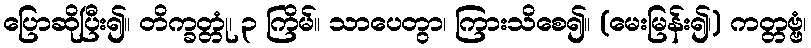
ပြောဆိုပြီး၍။ တိက္ခတ္တုံ၊ ၃ ကြိမ်။ သာပေတွာ၊ ကြားသိစေ၍။ (မေးမြန်း၍၊) ကတ္တဗ္ဗံ၊